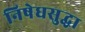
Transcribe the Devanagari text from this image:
निषेधसुद्धा